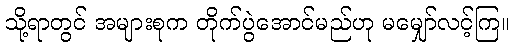
သို့ရာတွင် အများစုက တိုက်ပွဲအောင်မည်ဟု မမျှော်လင့်ကြ။